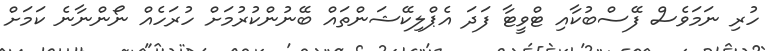
ހުރި ނަމަވެސް ފޭސްބުކާއި ޓްވީޓާ ފަދަ އެޕްލިކޭޝަންތައް ބޭނުންކުރުމަށް ހުރަހެއް ނޯންނާނެ ކަމަށް